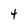
Character: 4